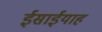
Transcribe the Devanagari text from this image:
ईसाईयाह